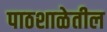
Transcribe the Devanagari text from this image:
पाठशाळेतील